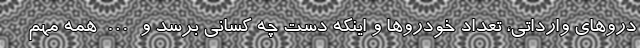
دروهای وارداتی، تعداد خودروها و اینکه دست چه کسانی برسد و … همه مهم